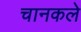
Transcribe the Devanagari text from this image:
चानकले